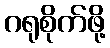
ဂရုစိုက်ဖို့